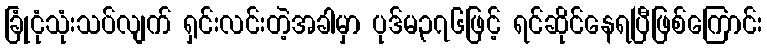
ခြုံငုံသုံးသပ်လျက် ရှင်းလင်းတဲ့အခါမှာ ပုဒ်မ၃၇၆ဖြင့် ရင်ဆိုင်နေရပြီဖြစ်ကြောင်း